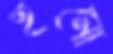
ইমো